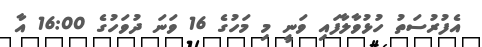
އެފުރުސަތު ހުޅުވާލާފައި ވަނީ މި މަހުގެ 16 ވަނަ ދުވަހުގެ 16:00 އާ